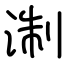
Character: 淛